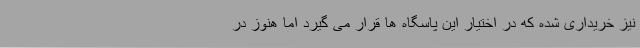
نیز خریداری شده که در اختیار این پاسگاه ها قرار می گیرد اما هنوز در